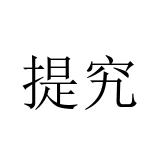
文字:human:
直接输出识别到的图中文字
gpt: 提究